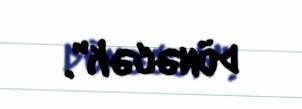
dönəcək".